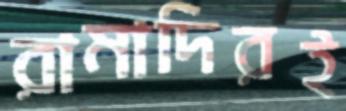
রামাদিরই